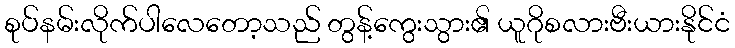
စုပ်နမ်းလိုက်ပါလေတော့သည် တွန့်ကွေးသွား၏ ယူဂိုစလားဗီးယားနိုင်ငံ